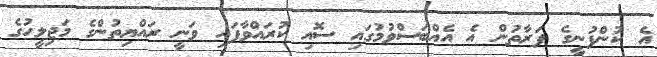
އެ ކުންފުނީގެ ފަރާތުން އެ އެއްބަސްވުމުގައި ސޮއި ކުރައްވާފައި ވަނީ ރައްޔިތުންގެ މަޖިލީހުގެ